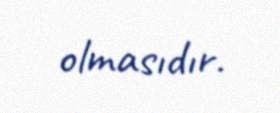
olmasıdır.